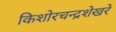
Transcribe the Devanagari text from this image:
किशोरचन्द्रशेखरे